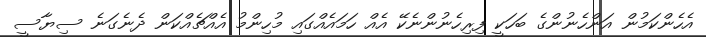
އެހެންކަމުން އަންހެނުންގެ ބަހަކީ ފިރިހެނުންނެކޭ އެއް ހަމައެއްގައި މުހިންމު އެއްޗެއްކަން ދެނެގަނެ ސިޔާސީ